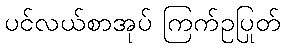
ပင်လယ်စာအုပ် ကြက်ဥပြုတ်